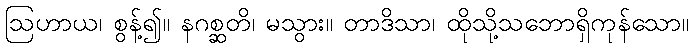
ဩဟာယ၊ စွန့်၍။ နဂစ္ဆတိ၊ မသွား။ တာဒိသာ၊ ထိုသို့သဘောရှိကုန်သော။